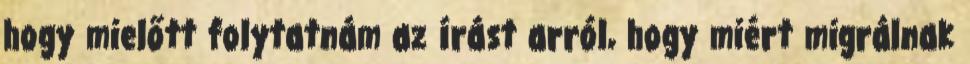
hogy mielőtt folytatnám az írást arról, hogy miért migrálnak